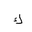
Letter: _kaf